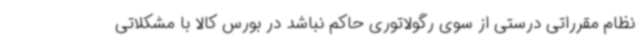
نظام مقرراتی درستی از سوی رگولاتوری حاکم نباشد در بورس کالا با مشکلاتی